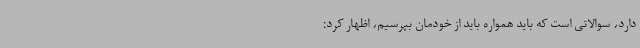
دارد، سوالاتی است که باید همواره باید از خودمان بپرسیم، اظهار کرد: